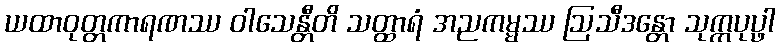
ယထာဝုတ္တကာရဏဿ ဝါသေန္တီတိ သတ္ထာရံ အညကမ္မဿ ဩသီဒန္တော သုက္ကပုပ္ဖာ